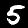
Digit: 5